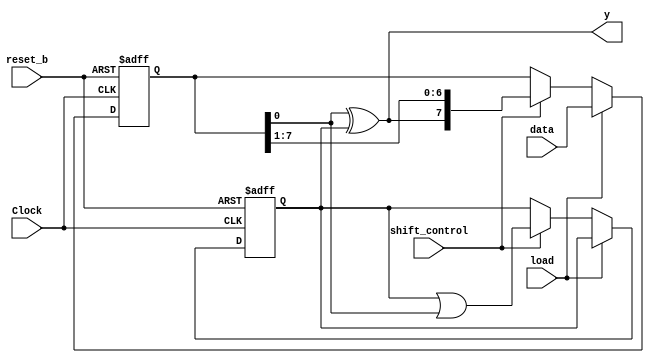
module Serial_Twos_Comp (output y, input [7: 0] data, input load, shift_control, Clock, reset_b); 
  reg [7: 0] SReg; 
  reg Q;
  wire SO = SReg [0];
  assign y = SO ^ Q;
  always @ (posedge Clock, negedge reset_b) 
  if (reset_b == 0) begin
    SReg <= 0; 
    Q <= 0; 
  end 
  else begin
    if (load) SReg = data;
   else if (shift_control) begin 
      Q <= Q | SO;
     SReg <= {y, SReg[7: 1]}; 
    end 
  end 
endmodule